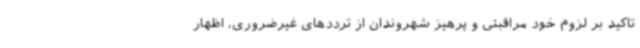
تاکید بر لزوم خود مراقبتی و پرهیز شهروندان از ترددهای غیرضروری، اظهار